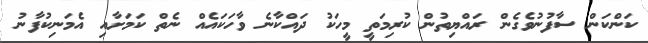
ކަންކަން ސާފުނުވެގެން ރައްޔިތުން ކުރިމަތީ މީހަކު ދައްކާނެ ވާހަކައެއް ނެތް ކަމަށާއި އެމަނިކުފާނު